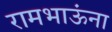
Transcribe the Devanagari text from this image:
रामभाऊंना